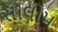
સાલોમ